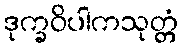
ဒုက္ခဝိပါကသုတ္တံ